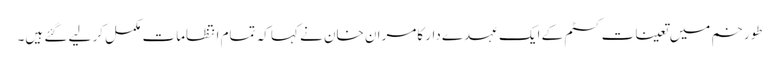
طورخم میں تعینات کسٹم کے ایک عہدے دار کامران خان نے کہا کہ تمام انتظامات مکمل کر لیے گئے ہیں۔